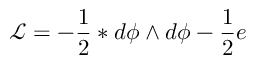
\mathcal { L = - } \frac { 1 } { 2 } \ast d \phi \wedge d \phi - \frac { 1 } { 2 } e